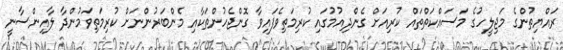
ރައްޔިތުންގެ މަޖިލީހުގެ މަސައްކަތްތައް ކުރިއަށް ގެންދިއުމުގައި ކުރިމަތިވެފައިވާ ގޮންޖެހުންތަކާއި މެންބަރުންނަށް ކުރިމަތިވަމުންދާ ލާއިންސާނީ